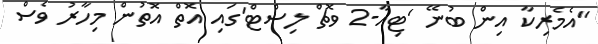
"އެމެރިކާ އިން ބުނޭ 'ޓިއާ-2 ވޮޗް ލިސްޓް'ގައި އޮތް އޮތުން މިހާރު ވެސް